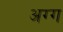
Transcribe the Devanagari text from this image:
अग्ग